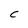
Character: C